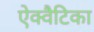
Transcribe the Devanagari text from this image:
ऐक्वैटिका